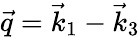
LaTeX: \vec{q}=\vec{k}_{1}-\vec{k}_{3}